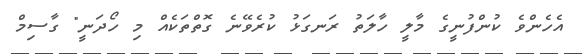
އެހެންވެ ކުންފުނީގެ މާލީ ހާލަތު ރަނގަޅު ކުރެވޭނެ ގޮތްތަކެއް މި ހޯދަނީ" ގާސިމް